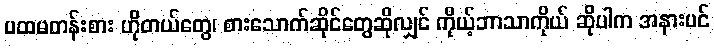
ပထမတန်းစား ဟိုတယ်တွေ၊ စားသောက်ဆိုင်တွေဆိုလျှင် ကိုယ့်ဘာသာကိုယ် ဆိုပါက အနားပင်